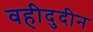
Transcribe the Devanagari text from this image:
वहीदुदीन